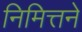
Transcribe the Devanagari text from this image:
निमित्तने